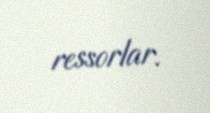
ressorlar.